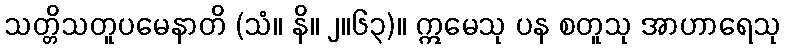
သတ္တိသတူပမေနာတိ (သံ။ နိ။ ၂။၆၃)။ ဣမေသု ပန စတူသု အာဟာရေသု